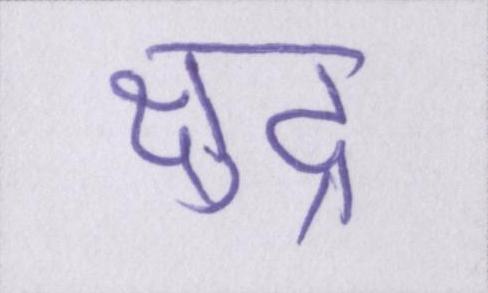
क्षुद्र